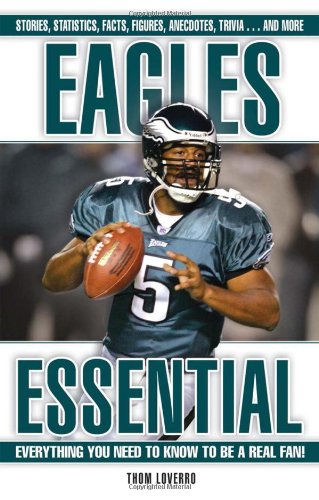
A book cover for Eagles Essential: Everything You Need to Know to Be a Real Fan!; Thom Loverro; Travel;